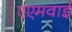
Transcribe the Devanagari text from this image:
एएमवाई